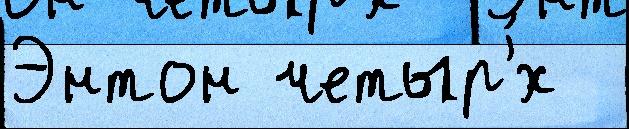
Энтон четыр'́х